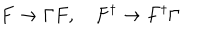
LaTeX: F \rightarrow \Gamma F , F ^ { \dagger } \rightarrow F ^ { \dagger } \Gamma